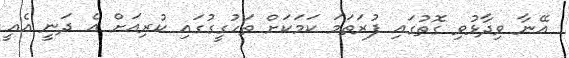
އޭނާ ވިދާޅުވި ގޮތުގައި ފުރަތަމަ ކަމަކަށް ތަހުގީގުގައި ކުރިއަށް އެ ދަނީ އެއީ